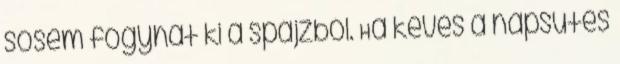
sosem fogyhat ki a spájzból. Ha kevés a napsütés